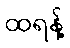
ထရန့်